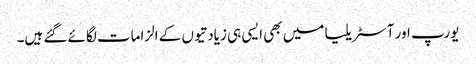
یورپ اور آسٹریلیا میں بھی ایسی ہی زیادتیوں کے الزامات لگائے گئے ہیں۔